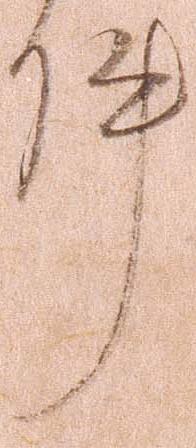
件